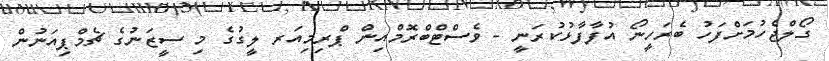
ގޯލްޖެހުމަށްފަހު ބެރަހީނޯ އުފާފާޅުކުރަނީ - ވެސްޓްބްރޮމްއިން ޕްރިމިއަރ ލީގުގެ މި ސީޒަނުގެ ޗެމްޕިއަނުން